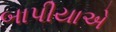
બાપીયાએ